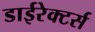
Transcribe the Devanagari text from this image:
डाईरेक्टर्स